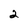
Character: 2